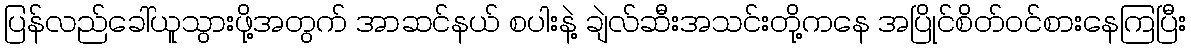
ပြန်လည်ခေါ်ယူသွားဖို့အတွက် အာဆင်နယ် စပါးနဲ့ ချဲလ်ဆီးအသင်းတို့ကနေ အပြိုင်စိတ်ဝင်စားနေကြပြီး